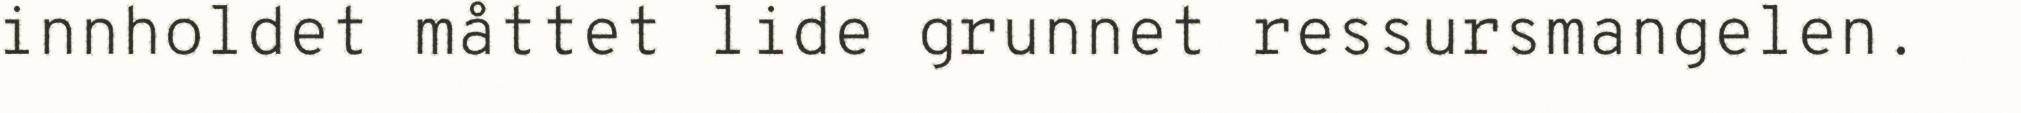
innholdet måttet lide grunnet ressursmangelen.